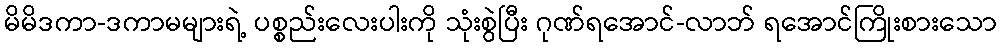
မိမိဒကာ-ဒကာမများရဲ့ ပစ္စည်းလေးပါးကို သုံးစွဲပြီး ဂုဏ်ရအောင်-လာဘ် ရအောင်ကြိုးစားသော